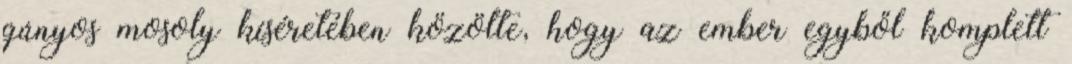
gúnyos mosoly kíséretében közölte, hogy az ember egyből komplett